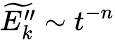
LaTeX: \widetilde{E_{k}^{\prime\prime}}\sim t^{-n}